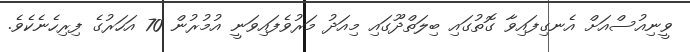
ވީނިއުސްއަށް އެނގިފައިވާ ގޮތުގައި ބިލަތްދޫގައި މިއަދު މަރުވެފައިވަނީ އުމުރުން 70 އަހަރުގެ ފިރިހެނެކެވެ.